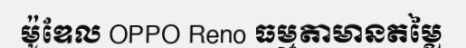
ម៉ូឌែល OPPO Reno ធម្មតាមានតម្លៃ